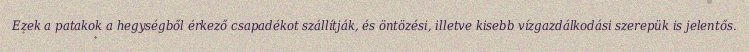
Ezek a patakok a hegységből érkező csapadékot szállítják, és öntözési, illetve kisebb vízgazdálkodási szerepük is jelentős.